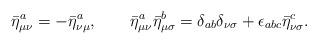
LaTeX: \begin{align*} {\bar{\eta}^a}_{\mu \nu} = -{\bar{\eta}^a}_{\nu \mu}, \qquad {\bar{\eta}^a}_{\mu \nu}{\bar{\eta}^b}_{\mu \sigma} = {\delta}_{ab} {\delta}_{\nu \sigma} + {\epsilon}_{abc} {\bar{\eta}^c}_{\nu \sigma}.\end{align*}